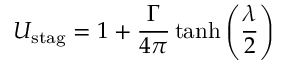
U _ { \mathrm { s t a g } } = 1 + { \frac { \Gamma } { 4 \pi } } \operatorname { t a n h } \left( { \frac { \lambda } { 2 } } \right)